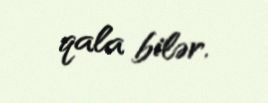
qala bilər.